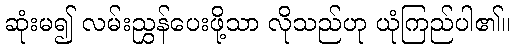
ဆုံးမ၍ လမ်းညွှန်ပေးဖို့သာ လိုသည်ဟု ယုံကြည်ပါ၏။